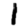
Digit: 1